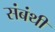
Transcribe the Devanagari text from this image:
संबंथी